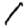
Digit: 1